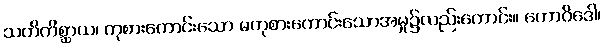
သတိကိစ္ဆာယ၊ ကုစားကောင်းသော မကုစားကောင်းသောအမှု၌လည်းကောင်း။ ကောဝိဒေါ၊